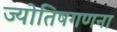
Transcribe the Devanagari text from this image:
ज्योतिषगणना